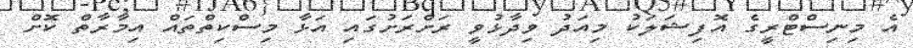
އެ މިނިސްޓްރީގެ އޮފިޝަލަކު މިއަދު ވިދާޅުވީ ރަށްރަށުގައި އަޅާ މިސްކިތްތައް އިމާރާތް ކޮށް